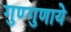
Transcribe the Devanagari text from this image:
गुण्गुणाये